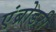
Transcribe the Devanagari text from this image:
एंब्रोडरी